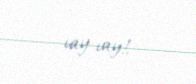
vay-vay!.